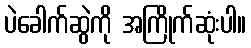
ပဲခေါက်ဆွဲကို အကြိုက်ဆုံးပါ။